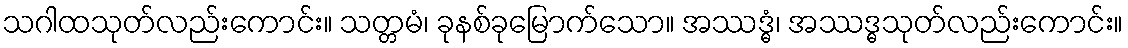
သဂါထသုတ်လည်းကောင်း။ သတ္တမံ၊ ခုနစ်ခုမြောက်သော။ အဿဒ္ဓံ၊ အဿဒ္ဓသုတ်လည်းကောင်း။